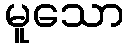
မူသော